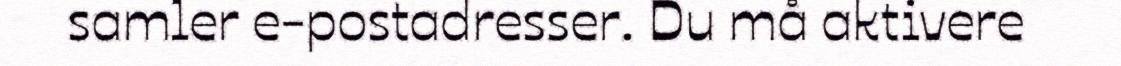
samler e-postadresser. Du må aktivere